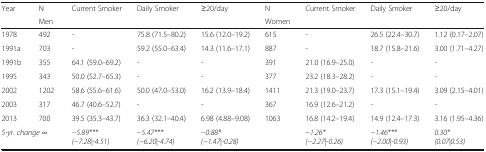
| Year | N | Current Smoker | Daily Smoker | ≥20/day | N | Current Smoker | Daily Smoker | ≥20/day |
 |  | Men | <COLSPAN=3>  | Women | <COLSPAN=3>  |
 | --- | --- | --- | --- | --- | --- | --- | --- | --- |
 | 1978 | 492 | - | 75.8 (71.5–80.2) | 15.6 (12.0–19.2) | 615 | - | 26.5 (22.4–30.7) | 1.12 (0.17–2.07) |
 | 1991a | 703 | - | 59.2 (55.0–63.4) | 14.3 (11.6–17.1) | 887 | - | 18.7 (15.8–21.6) | 3.00 (1.71–4.27) |
 | 1991b | 355 | 64.1 (59.0–69.2) | - | - | 391 | 21.0 (16.9–25.0) | - | - |
 | 1995 | 343 | 50.0 (52.7–65.3) | - | - | 377 | 23.2 (18.3–28.2) | - | - |
 | 2002 | 1202 | 58.6 (55.6–61.6) | 50.0 (47.0–53.0) | 16.2 (13.9–18.4) | 1411 | 21.3 (19.0–23.7) | 17.3 (15.1–19.4) | 3.09 (2.15–4.01) |
 | 2003 | 317 | 46.7 (40.6–52.7) | - | - | 367 | 16.9 (12.6–21.2) | - | - |
 | 2013 | 700 | 39.5 (35.3–43.7) | 36.3 (32.1–40.4) | 6.98 (4.88–9.08) | 1063 | 16.8 (14.2–19.4) | 14.9 (12.4–17.3) | 3.16 (1.95–4.36) |
 | <COLSPAN=2> 5-yr. change ∞ | −5.89*** (−7.28|-4.51) | −5.47*** (−6.20|-4.74) | −0.88* (−1.47|-0.28) |  | −1.26* (−2.27|-0.26) | −1.46*** (−2.00|-0.93) | 0.30* (0.07|0.53) |